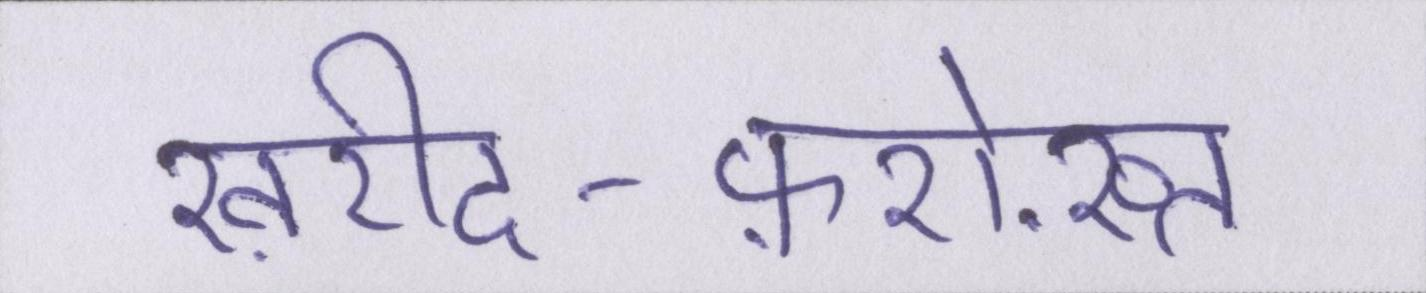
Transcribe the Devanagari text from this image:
ख़रीद-फ़रोख़्त